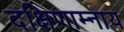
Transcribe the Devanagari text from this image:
दक्षिणाम्नाय